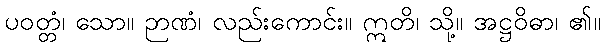
ပဝတ္တံ၊ သော။ ဉာဏံ၊ လည်းကောင်း။ ဣတိ၊ သို့။ အဋ္ဌဝိဓာ၊ ၏။